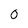
Character: 0